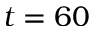
t = 6 0